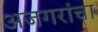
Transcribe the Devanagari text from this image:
अजगरांचा